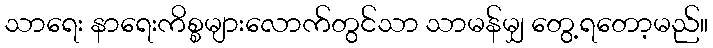
သာရေး နာရေးကိစ္စများလောက်တွင်သာ သာမန်မျှ တွေ့ရတော့မည်။